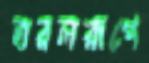
তরলরূপে